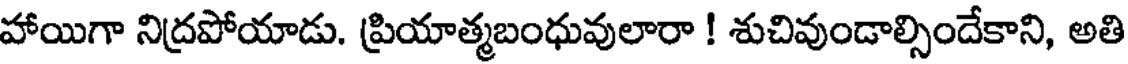
హాయిగా నిద్రపోయాడు. ప్రియాత్మబంధువులారా ! శుచివుండాల్సిందేకాని, అతి